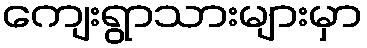
ကျေးရွာသားများမှာ